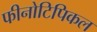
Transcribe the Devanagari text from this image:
फीनोटिपिकल